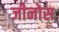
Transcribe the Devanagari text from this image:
जीनोस